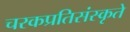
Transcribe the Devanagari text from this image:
चरकप्रतिसंस्कृते